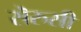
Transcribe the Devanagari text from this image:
सॆरुसी